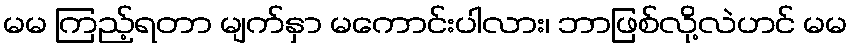
မမ ကြည့်ရတာ မျက်နှာ မကောင်းပါလား၊ ဘာဖြစ်လို့လဲဟင် မမ